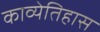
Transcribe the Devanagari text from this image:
काव्येतिहास